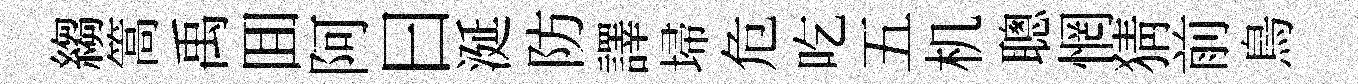
縐篙禹囬阿曰涎防譯埽危吃五机聰惘猜前鳥